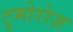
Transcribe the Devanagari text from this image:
टुमोरोज़